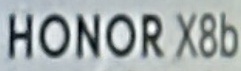
HONOR X8b